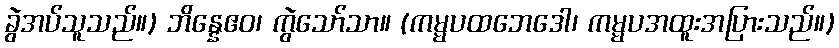
ခွဲအပ်သူသည်။) ဘိန္နေဧဝ၊ ကွဲသော်သာ။ (ကမ္မပထဘေဒေါ၊ ကမ္မပအထူးအပြားသည်။)